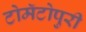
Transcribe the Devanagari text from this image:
टोमॅटोपुरी